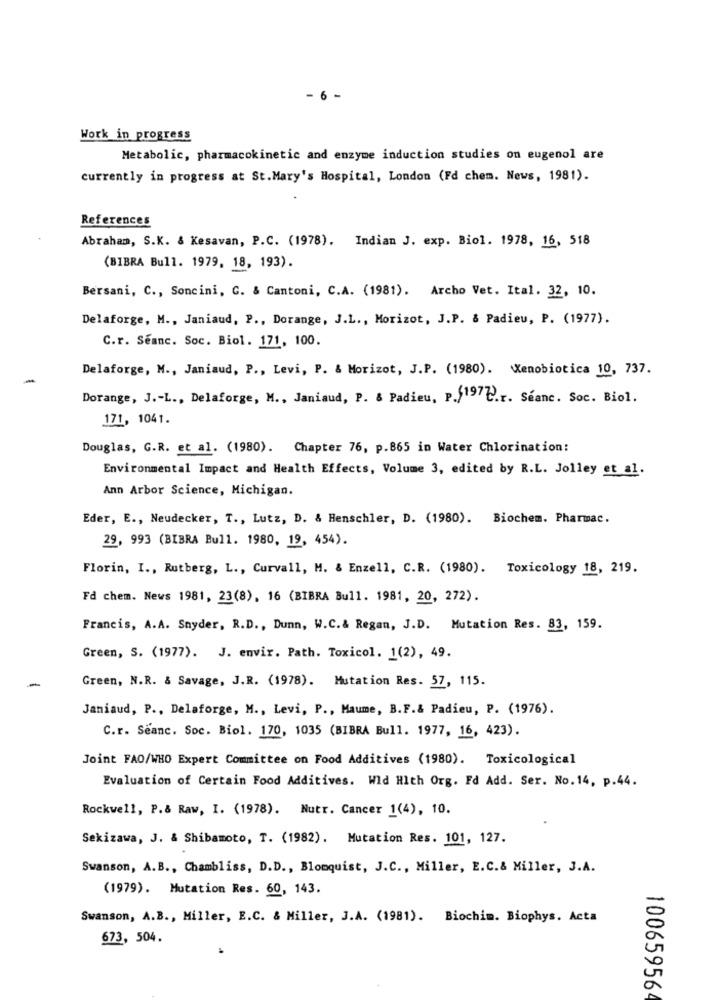
- 6 -
Work in progress
Metabolic, pharmacokinetic and enzyme induction studies on eugenol are
currently in progress at St.Mary's Hospital, London (Fd chem. News, 1981).
References
Abraham, S.K. & Kesavan, P.C. (1978). Indian J. exp. Biol. 1978, 16, 518
(BIBRA Bull. 1979, 18, 193).
Bersani, C ., Soncini, G. & Cantoni, C.A. (1981). Archo Vet. Ital. 32, 10.
Delaforge, M ., Janiaud, P ., Dorange, J.L ., Morizot, J.P. & Padieu, P. (1977).
C.r. Seanc. Soc. Biol. 171, 100.
Delaforge, M ., Janiaud, P ., Levi, P. & Morizot, J.P. (1980). Xenobiotica 10, 737.
Dorange, J .- L ., Delaforge, M ., Janiaud, P. & Padieu, p.(197℃.r. Seanc. Soc. Biol.
171, 1041.
Douglas, G.R. et al. (1980). Chapter 76, p.865 in Water Chlorination:
Environmental Impact and Health Effects, Volume 3, edited by R.L. Jolley et al.
Ann Arbor Science, Michigan.
Eder, E ., Neudecker, T ., Lutz, D. & Henschler, D. (1980). Biochem. Pharmac.
29, 993 (BIBRA Bull. 1980, 19, 454).
Florin, I ., Rutberg, L ., Curvall, M. & Enzell, C.R. (1980). Toxicology 18, 219.
Fd chem. News 1981, 23(8), 16 (BIBRA Bull. 1981, 20, 272).
Francis, A.A. Snyder, R.D ., Dunn, W.C. & Regan, J.D. Mutation Res. 83, 159.
Green, S. (1977). J. envir. Path. Toxicol. 1(2), 49.
Green, N.R. & Savage, J.R. (1978). Mutation Res. 57, 115.
Janiaud, P ., Delaforge, M ., Levi, P ., Maume, B.F.& Padieu, P. (1976).
C.r. Seanc. Soc. Biol. 170, 1035 (BIBRA Bull. 1977, 16, 423).
Joint FAO/WHO Expert Committee on Food Additives (1980). Toxicological
Evaluation of Certain Food Additives. Wid Hlth Org. Fd Add. Ser. No.14, p.44.
Rockwell, P.& Raw, I. (1978). Nutr. Cancer 1(4), 10.
Sekizawa, J. & Shibamoto, T. (1982). Mutation Res. 101, 127.
Swanson, A.B ., Chambliss, D.D ., Blomquist, J.C ., Miller, E.C.& Miller, J.A.
(1979). Mutation Res. 60, 143.
Swanson, A.B ., Miller, E.C. & Miller, J.A. (1981). Biochim. Biophys. Acta
673, 504.
10065956